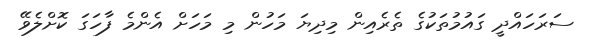
ސަރަހައްދީ ގައުމުތަކުގެ ތެރެއިން މިދިޔަ މަހުން މި މަހަށް އެންމެ ފާހަގަ ކޮށްލެވޭ